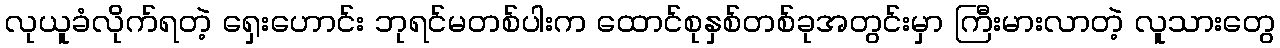
လုယူခံလိုက်ရတဲ့ ရှေးဟောင်း ဘုရင်မတစ်ပါးက ထောင်စုနှစ်တစ်ခုအတွင်းမှာ ကြီးမားလာတဲ့ လူသားတွေ